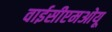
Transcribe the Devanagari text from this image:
वाईसीएमओयू